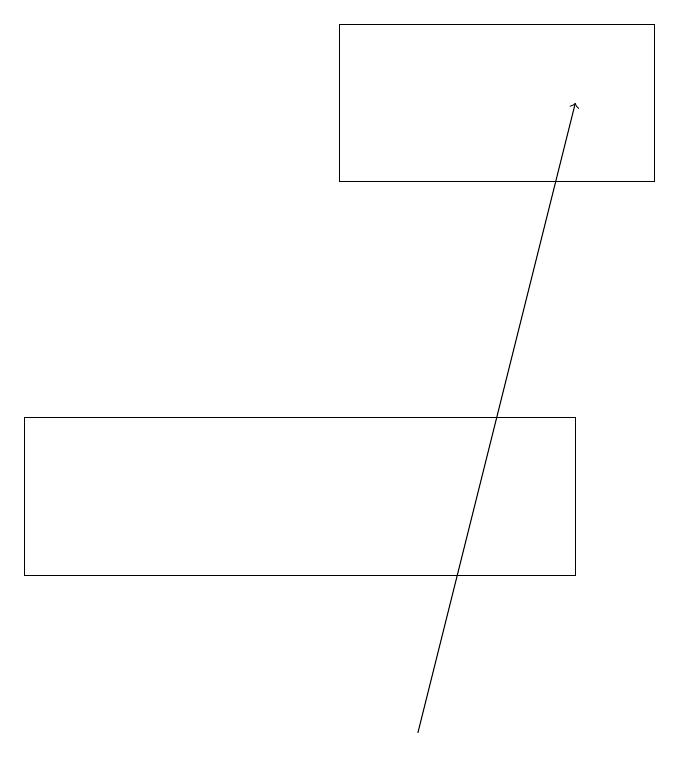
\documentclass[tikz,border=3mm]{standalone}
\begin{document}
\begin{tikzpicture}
\draw (0,12) rectangle (7,14);
\draw (8,19) rectangle (4,17);
\draw[->] (5,10) -- (7,18);
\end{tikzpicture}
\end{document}